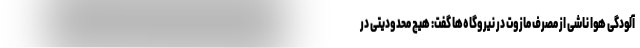
آلودگی هوا ناشی از مصرف مازوت در نیروگاه‌ها گفت: هیچ محدودیتی در